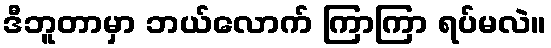
ဒီဘူတာမှာ ဘယ်လောက် ကြာကြာ ရပ်မလဲ။